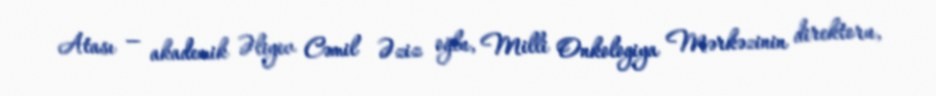
Atası — akademik Əliyev Cəmil Əziz oğlu, Milli Onkologiya Mərkəzinin direktoru,